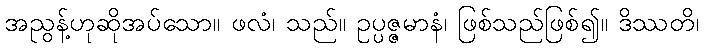
အညွန့်ဟုဆိုအပ်သော။ ဖလံ၊ သည်။ ဥပ္ပဇ္ဇမာနံ၊ ဖြစ်သည်ဖြစ်၍။ ဒိဿတိ၊